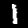
Label: 1